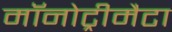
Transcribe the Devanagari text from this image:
मॉनोट्रीमैटा